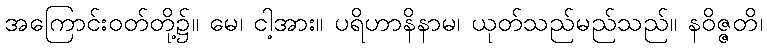
အကြောင်းဝတ်တို့၌။ မေ၊ ငါ့အား။ ပရိဟာနိနာမ၊ ယုတ်သည်မည်သည်။ နဝိဇ္ဇတိ၊